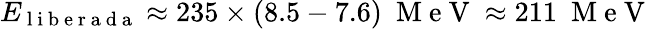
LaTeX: E_{\mathrm{~l~i~b~e~r~a~d~a~}}\approx 235\times(8.5-7.6)~\mathrm{~M~e~V~}\approx 211~\mathrm{~M~e~V~}